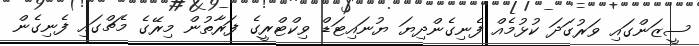
ސީޒަންގައި ވަރުގަދަ ކުޅުމެއް ފެނިގެންދިޔަ ޔުނައިޓަޑް ވިކްޓްރީގެ ފަރާތުން މިރޭގެ މެޗްގައި ފެނިގެން